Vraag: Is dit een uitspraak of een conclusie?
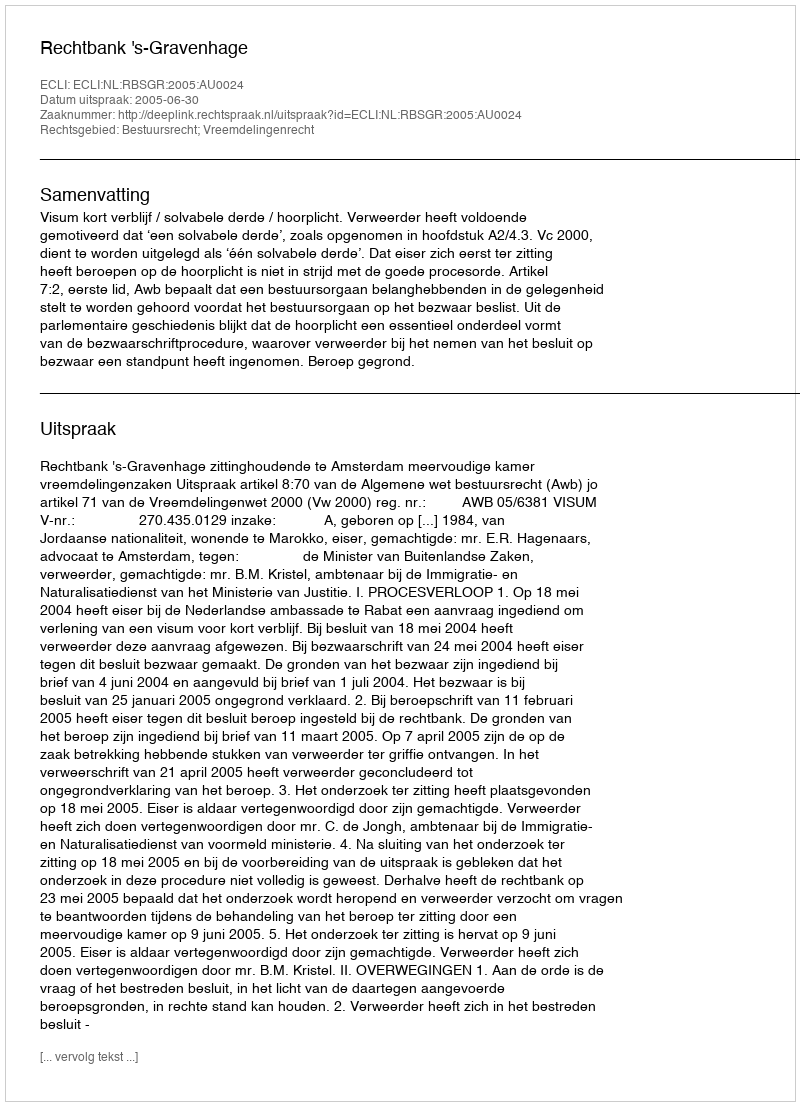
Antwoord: Uitspraak